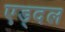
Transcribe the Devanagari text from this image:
एड्दल